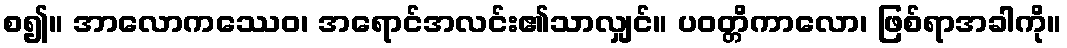
စ၍။ အာလောကဿေဝ၊ အရောင်အလင်း၏သာလျှင်။ ပဝတ္တိကာလော၊ ဖြစ်ရာအခါကို။